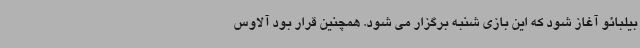
بیلبائو آغاز شود که این بازی شنبه برگزار می شود. همچنین قرار بود آلاوس